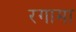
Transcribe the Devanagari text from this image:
रगामा